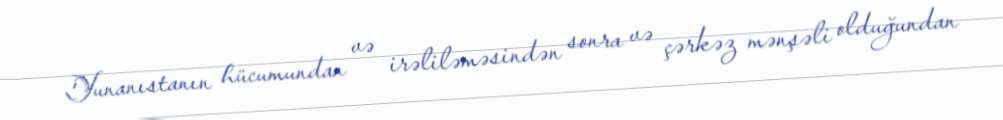
Yunanıstanın hücumundan və irəliləməsindən sonra və çərkəz mənşəli olduğundan